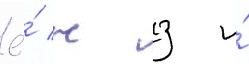
ё́ ж з и́